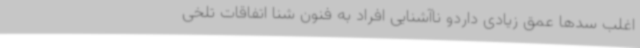
اغلب سدها عمق زیادی داردو ناآشنایی افراد به فنون شنا اتفاقات تلخی